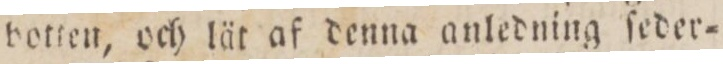
botten, och lät af denna anledning ſeder=